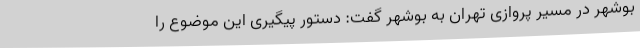
بوشهر در مسیر پروازی تهران به بوشهر گفت: دستور پیگیری این موضوع را